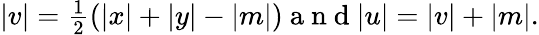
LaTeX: \begin{array}{r}{|v|=\frac{1}{2}(|x|+|y|-|m|)\mathrm{~a~n~d~}|u|=|v|+|m|.}\end{array}